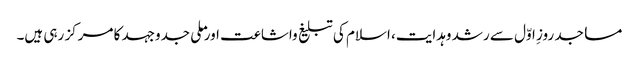
مساجد روزِ اوّل سے رشد وہدایت، اسلام کی تبلیغ واشاعت اور ملی جدوجہد کا مرکز رہی ہیں۔